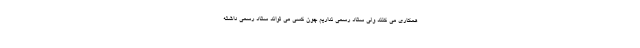
همکاری می کنند ولی ستاد رسمی نداریم چون کسی می تواند ستاد رسمی داشته